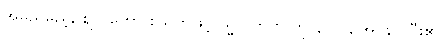
အမည်မှည့်, ဈလတော စသုတ်ဖြင့် သ္မာဝိဘတ် ကို နာ ပြု, အဂ္ဂိနာ ပြီး၏။